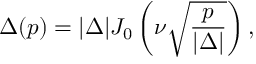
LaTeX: \Delta ( p ) = | \Delta | J _ { 0 } \left( \nu \sqrt { \frac { p } { | \Delta | } } \right) ,